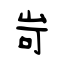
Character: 岢